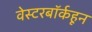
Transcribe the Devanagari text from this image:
वेस्टरबॉर्कहून